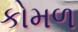
કોમળ